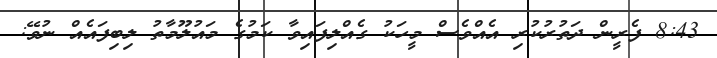
8:43 ފެރީން ދަތުރުކުރި އެއްވެސް މީހަކު ގެއްލިފައިވާ ކަމުގެ މައުލޫމާތު ލިބިފައެއް ނުވޭ: